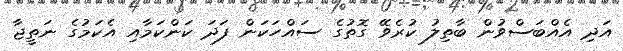
އަދި އެއްބަސްވުން ބާތިލު ކުރެވޭ ގޮތުގެ ސައްހަކަން ފަދަ ކަންކަމާއި އެކަމުގެ ނަތީޖާ